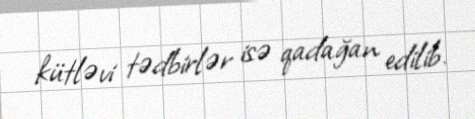
kütləvi tədbirlər isə qadağan edilib.